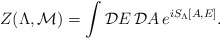
\begin{align*}Z(\Lambda,{\cal M}) = \int {\cal D}E \,{\cal D}A \, e^{iS_\Lambda[A,E]}.\end{align*}